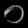
Digit: ၀